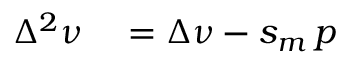
\begin{array} { r l } { \Delta ^ { 2 } \nu } & { { } = \Delta \nu - s _ { m } \, p } \end{array}